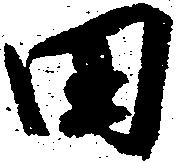
田